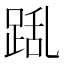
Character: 𮛛